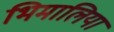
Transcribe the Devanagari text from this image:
भिमालिया